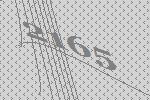
2165